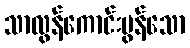
သာလွန်ကောင်းမွန်သော